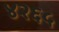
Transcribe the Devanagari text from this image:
४२६५